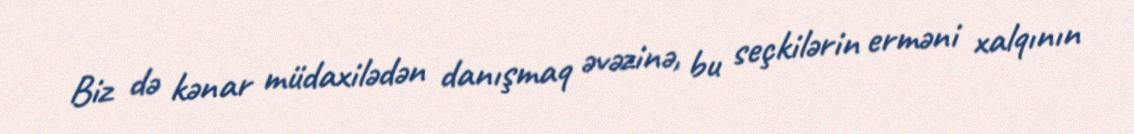
Biz də kənar müdaxilədən danışmaq əvəzinə, bu seçkilərin erməni xalqının